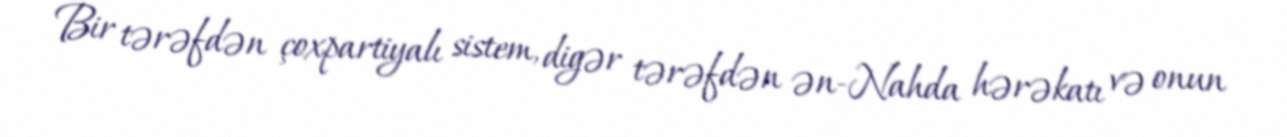
Bir tərəfdən çoxpartiyalı sistem, digər tərəfdən ən-Nahda hərəkatı və onun